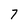
Character: 7